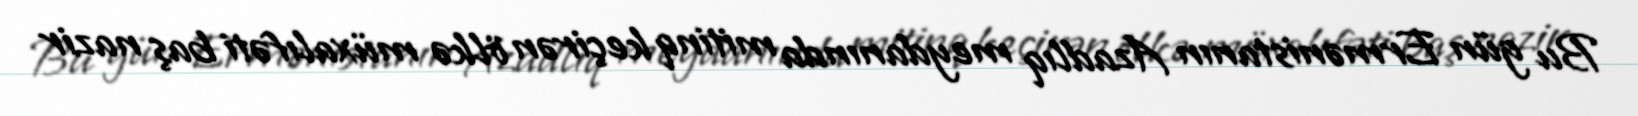
Bu gün Ermənistanın Azadlıq meydanında mitinq keçirən ölkə müxalıfəti baş nazir